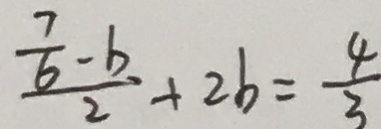
\frac { \frac { 7 } { 6 } - b } { 2 } + 2 b = \frac { 4 } { 3 }